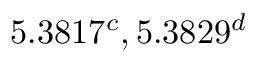
5 . 3 8 1 7 ^ { c } , 5 . 3 8 2 9 ^ { d }